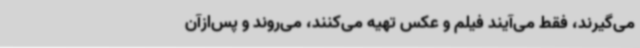
می‌گیرند، فقط می‌آیند فیلم و عکس تهیه می‌کنند، می‌روند و پس‌ازآن